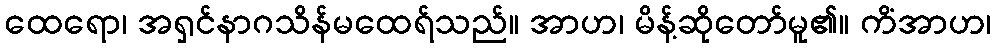
ထေရော၊ အရှင်နာဂသိန်မထေရ်သည်။ အာဟ၊ မိန့်ဆိုတော်မူ၏။ ကိံအာဟ၊